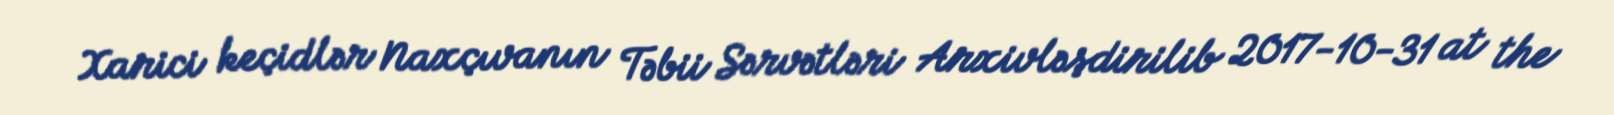
Xarici keçidlər Naxçıvanın Təbii Sərvətləri Arxivləşdirilib 2017-10-31 at the